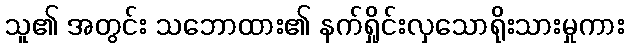
သူ၏ အတွင်း သဘောထား၏ နက်ရှိုင်းလှသောရိုးသားမှုကား